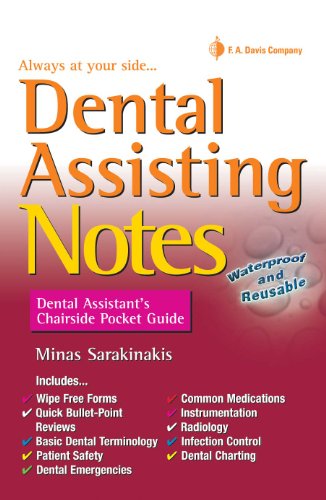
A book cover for Dental Assisting Notes: Dental Assistant's Chairside Pocket Guide; Minas Sarakinakis CDA(DANB)  CP; Medical Books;